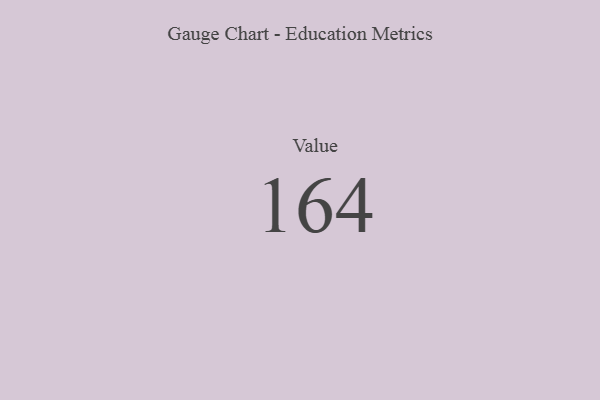
{"axis": {"x": "Metric", "y": "Value"}, "legend": [""], "data": [{"x": "Value", "y": 164, "type": ""}]}